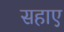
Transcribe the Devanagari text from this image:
सहाए